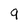
Character: 9